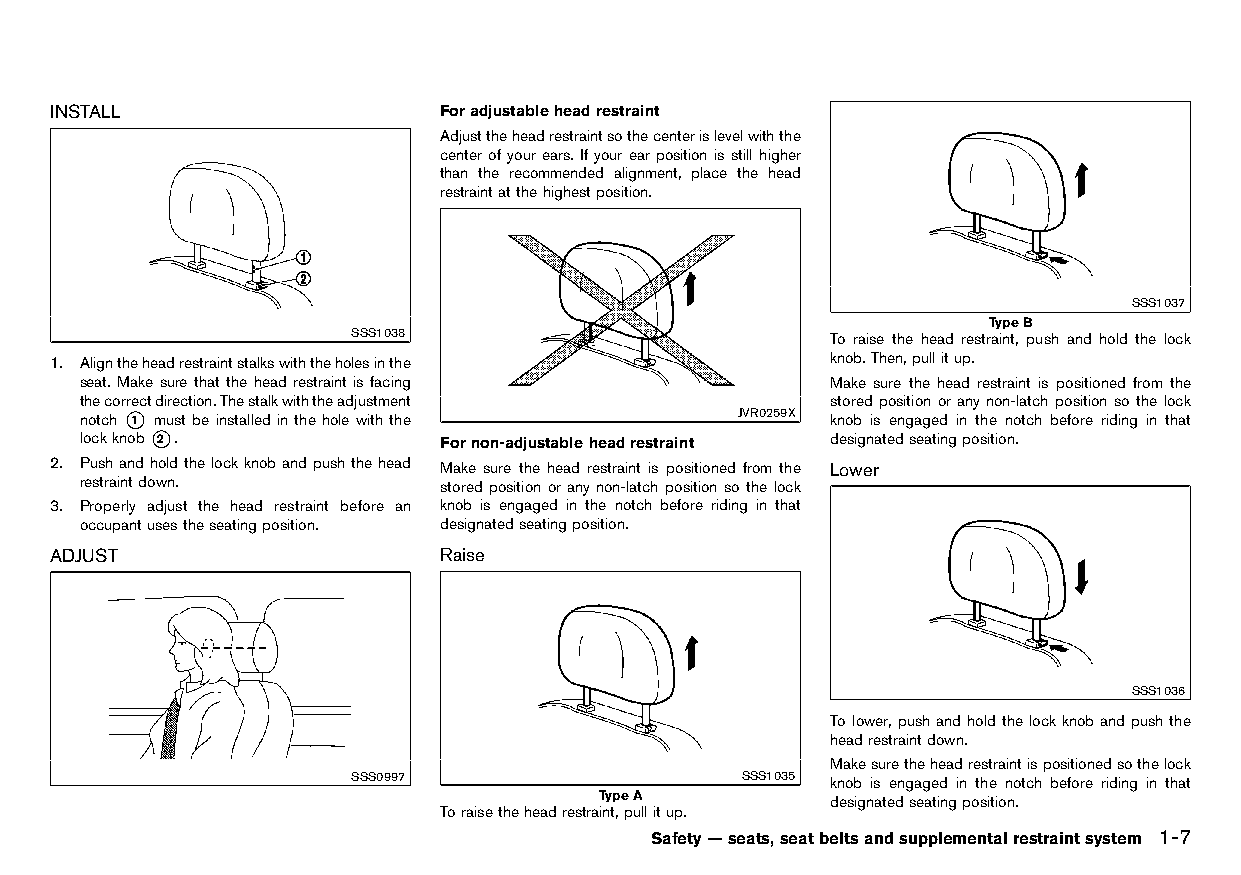
(33,1)
 INSTALL                   Foradjustableheadrestraint
 HT32A1-AC0F950A-602B-45AB-9D97-17CEDE4AA04D
 Adjusttheheadrestraintsothecenterislevelwiththe
 center of your ears. If your ear position is still higher
 than the recommended alignment, place the head
 restraintatthehighestposition.
 SSS1037
 TypeB
 SSS1038                         To raise the head restraint, push and hold the lock
 1. Aligntheheadrestraintstalkswiththeholesinthe     knob.Then,pullitup.
 seat. Make sure that the head restraint is facing Make sure the head restraint is positioned from the
 thecorrectdirection.Thestalkwiththeadjustment     stored position or any non-latch position so the lock
 notch *1 must be installed in the hole with the JVR0259X knob is engaged in the notch before riding in that
 lockknob*2 .            Fornon-adjustableheadrestraint designatedseatingposition.
 2. Pushandholdthelockknobandpushthehead Make sure the head restraint is positioned from the Lower
 restraintdown.          stored position or any non-latch position so the lock HT32A1-FA4C1475-83A4-4F07-AB5A-232C4EC6648D
 3. Properly adjust the head restraint before an knob is engaged in the notch before riding in that
 occupantusestheseatingposition. designatedseatingposition.
 ADJUST                    Raise
 HT32A1-ED3FF471-57AE-4DB8-96D1-FF8165FFA3F4 HT32A1-21BF58C9-E66B-43AB-8465-6BA3A92920D4
 SSS1036
 Tolower,pushandholdthelockknobandpushthe
 headrestraintdown.
 Makesuretheheadrestraintispositionedsothelock
 SSS0997                   SSS1035 knob is engaged in the notch before riding in that
 TypeA           designatedseatingposition.
 Toraisetheheadrestraint,pullitup.
 Safety—seats,seatbeltsandsupplementalrestraintsystem 1-7
 Condition:                        [Edit:2015/8/24 Model: HT32-A]